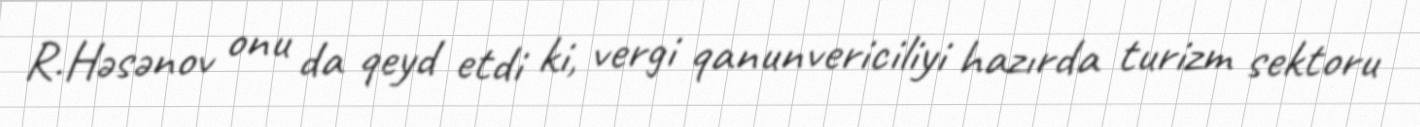
R.Həsənov onu da qeyd etdi ki, vergi qanunvericiliyi hazırda turizm sektoru